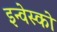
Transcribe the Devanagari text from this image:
इन्वेस्को